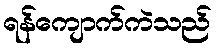
ရန်ကျောက်ကဲသည်